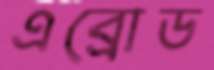
এব্রোড